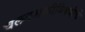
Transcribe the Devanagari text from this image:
चलनशक्तीविषयीचे